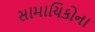
સામાયિકોના